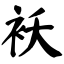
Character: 祆